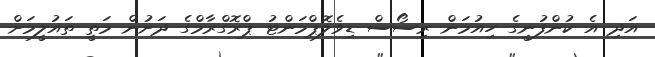
އަދި އެ ކުންފުނީގެ ހިއުމަން ރިސޯސް ޑިވެލޮޕްމަންޓު ޕްރޮގްރާމްގެ ދަށުން މަތީ ތައުލީމަށް